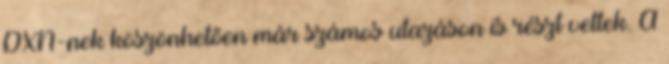
DXN-nek köszönhetően már számos utazáson is részt vettek. A